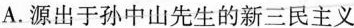
A.源出于孙中山先生的新三民主义